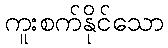
ကူးစက်နိုင်သော